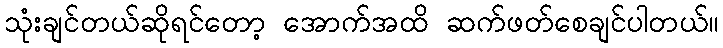
သုံးချင်တယ်ဆိုရင်တော့ အောက်အထိ ဆက်ဖတ်စေချင်ပါတယ်။